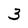
Character: 3